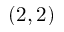
( 2 , 2 )